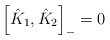
\begin{align*}\left[ \hat K_1,\hat K_2\right] _{-}=0\end{align*}